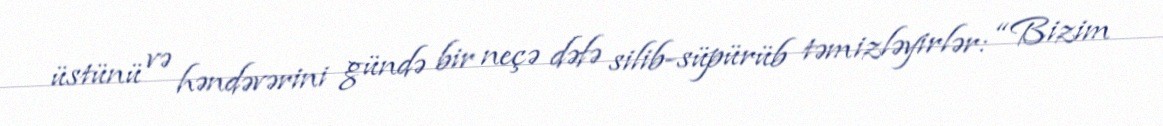
üstünü və həndəvərini gündə bir neçə dəfə silib-süpürüb təmizləyirlər: “Bizim